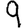
Digit: 9